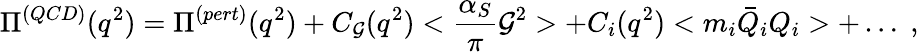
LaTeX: \Pi^{(QCD)}(q^{2})=\Pi^{(pert)}(q^{2})+C_{\mathcal{G}}(q^{2})<\frac{{\alpha_{S}}}{{\pi}}\mathcal{G}^{2}>+C_{i}(q^{2})<m_{i}\bar{{Q}}_{i}Q_{i}>+\dots\; ,